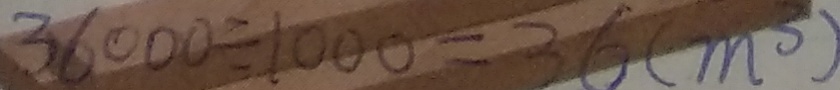
3 6 0 0 0 \div 1 0 0 0 = 3 6 ( m ^ { 3 } )